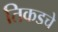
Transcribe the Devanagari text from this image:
तिकडचे